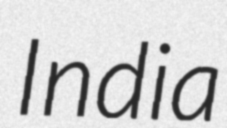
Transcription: India